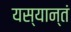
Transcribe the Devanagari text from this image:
यस्यान्तं